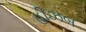
હીઝબ